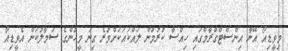
މިވީޑިއޯ އޭނާ އިންސްޓްގްރާމްގައި ހިއްސާ ކުރުމުން ލައްކައަކަށްވުރެ ގިނަ މީހުންގެ ސަމާލުކަން އެވީޑިއޯ